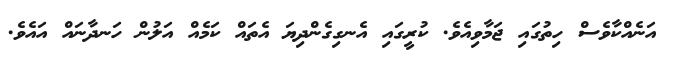
އަނެއްކާވެސް ހިތުގައި ޖަމާވިއެވެ. ކުރީގައި އެނގިގެންދިޔަ އެތައް ކަމެއް އަލުން ހަނދާނައް އައެވެ.